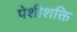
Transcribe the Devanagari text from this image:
पेशीशक्ति